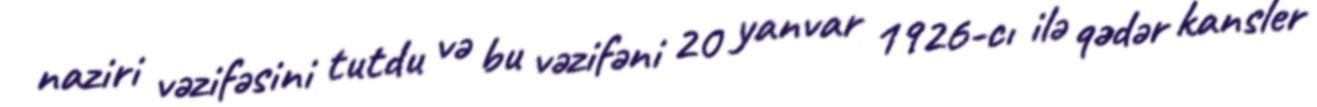
naziri vəzifəsini tutdu və bu vəzifəni 20 yanvar 1926-cı ilə qədər kansler